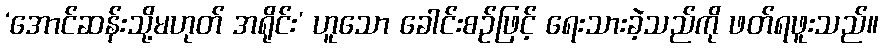
‘အောင်ဆန်းသို့မဟုတ် အရိုင်း’ ဟူသော ခေါင်းစဉ်ဖြင့် ရေးသားခဲ့သည်ကို ဖတ်ရဖူးသည်။